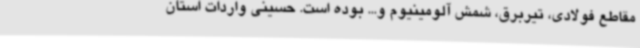
مقاطع فولادی، تیربرق، شمش آلومینیوم و... بوده است. حسینی واردات استان